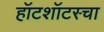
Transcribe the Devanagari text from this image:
हॉटशॉटस्चा